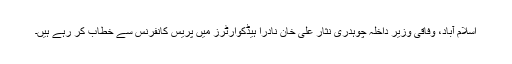
اسلام آباد، وفاقی وزیر داخلہ چوہدری نثار علی خان نادرا ہیڈکوارٹرز میں پریس کانفرنس سے‌ خطاب کر رہے ہیں۔